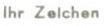
Ihr Zelchen